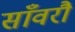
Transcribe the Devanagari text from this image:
साँवरौ